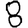
Digit: 8